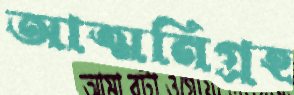
আত্মনিগ্রহ